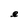
Character: e